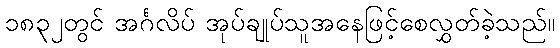
၁၈၃၂တွင် အင်္ဂလိပ် အုပ်ချုပ်သူအနေဖြင့်စေလွှတ်ခဲ့သည်။